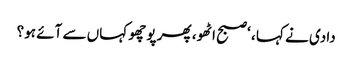
دادی نے کہا ، ‘صبح اٹھو ، پھر پوچھو کہاں سے آئے ہو؟